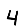
Digit: 4